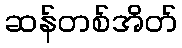
ဆန်တစ်အိတ်